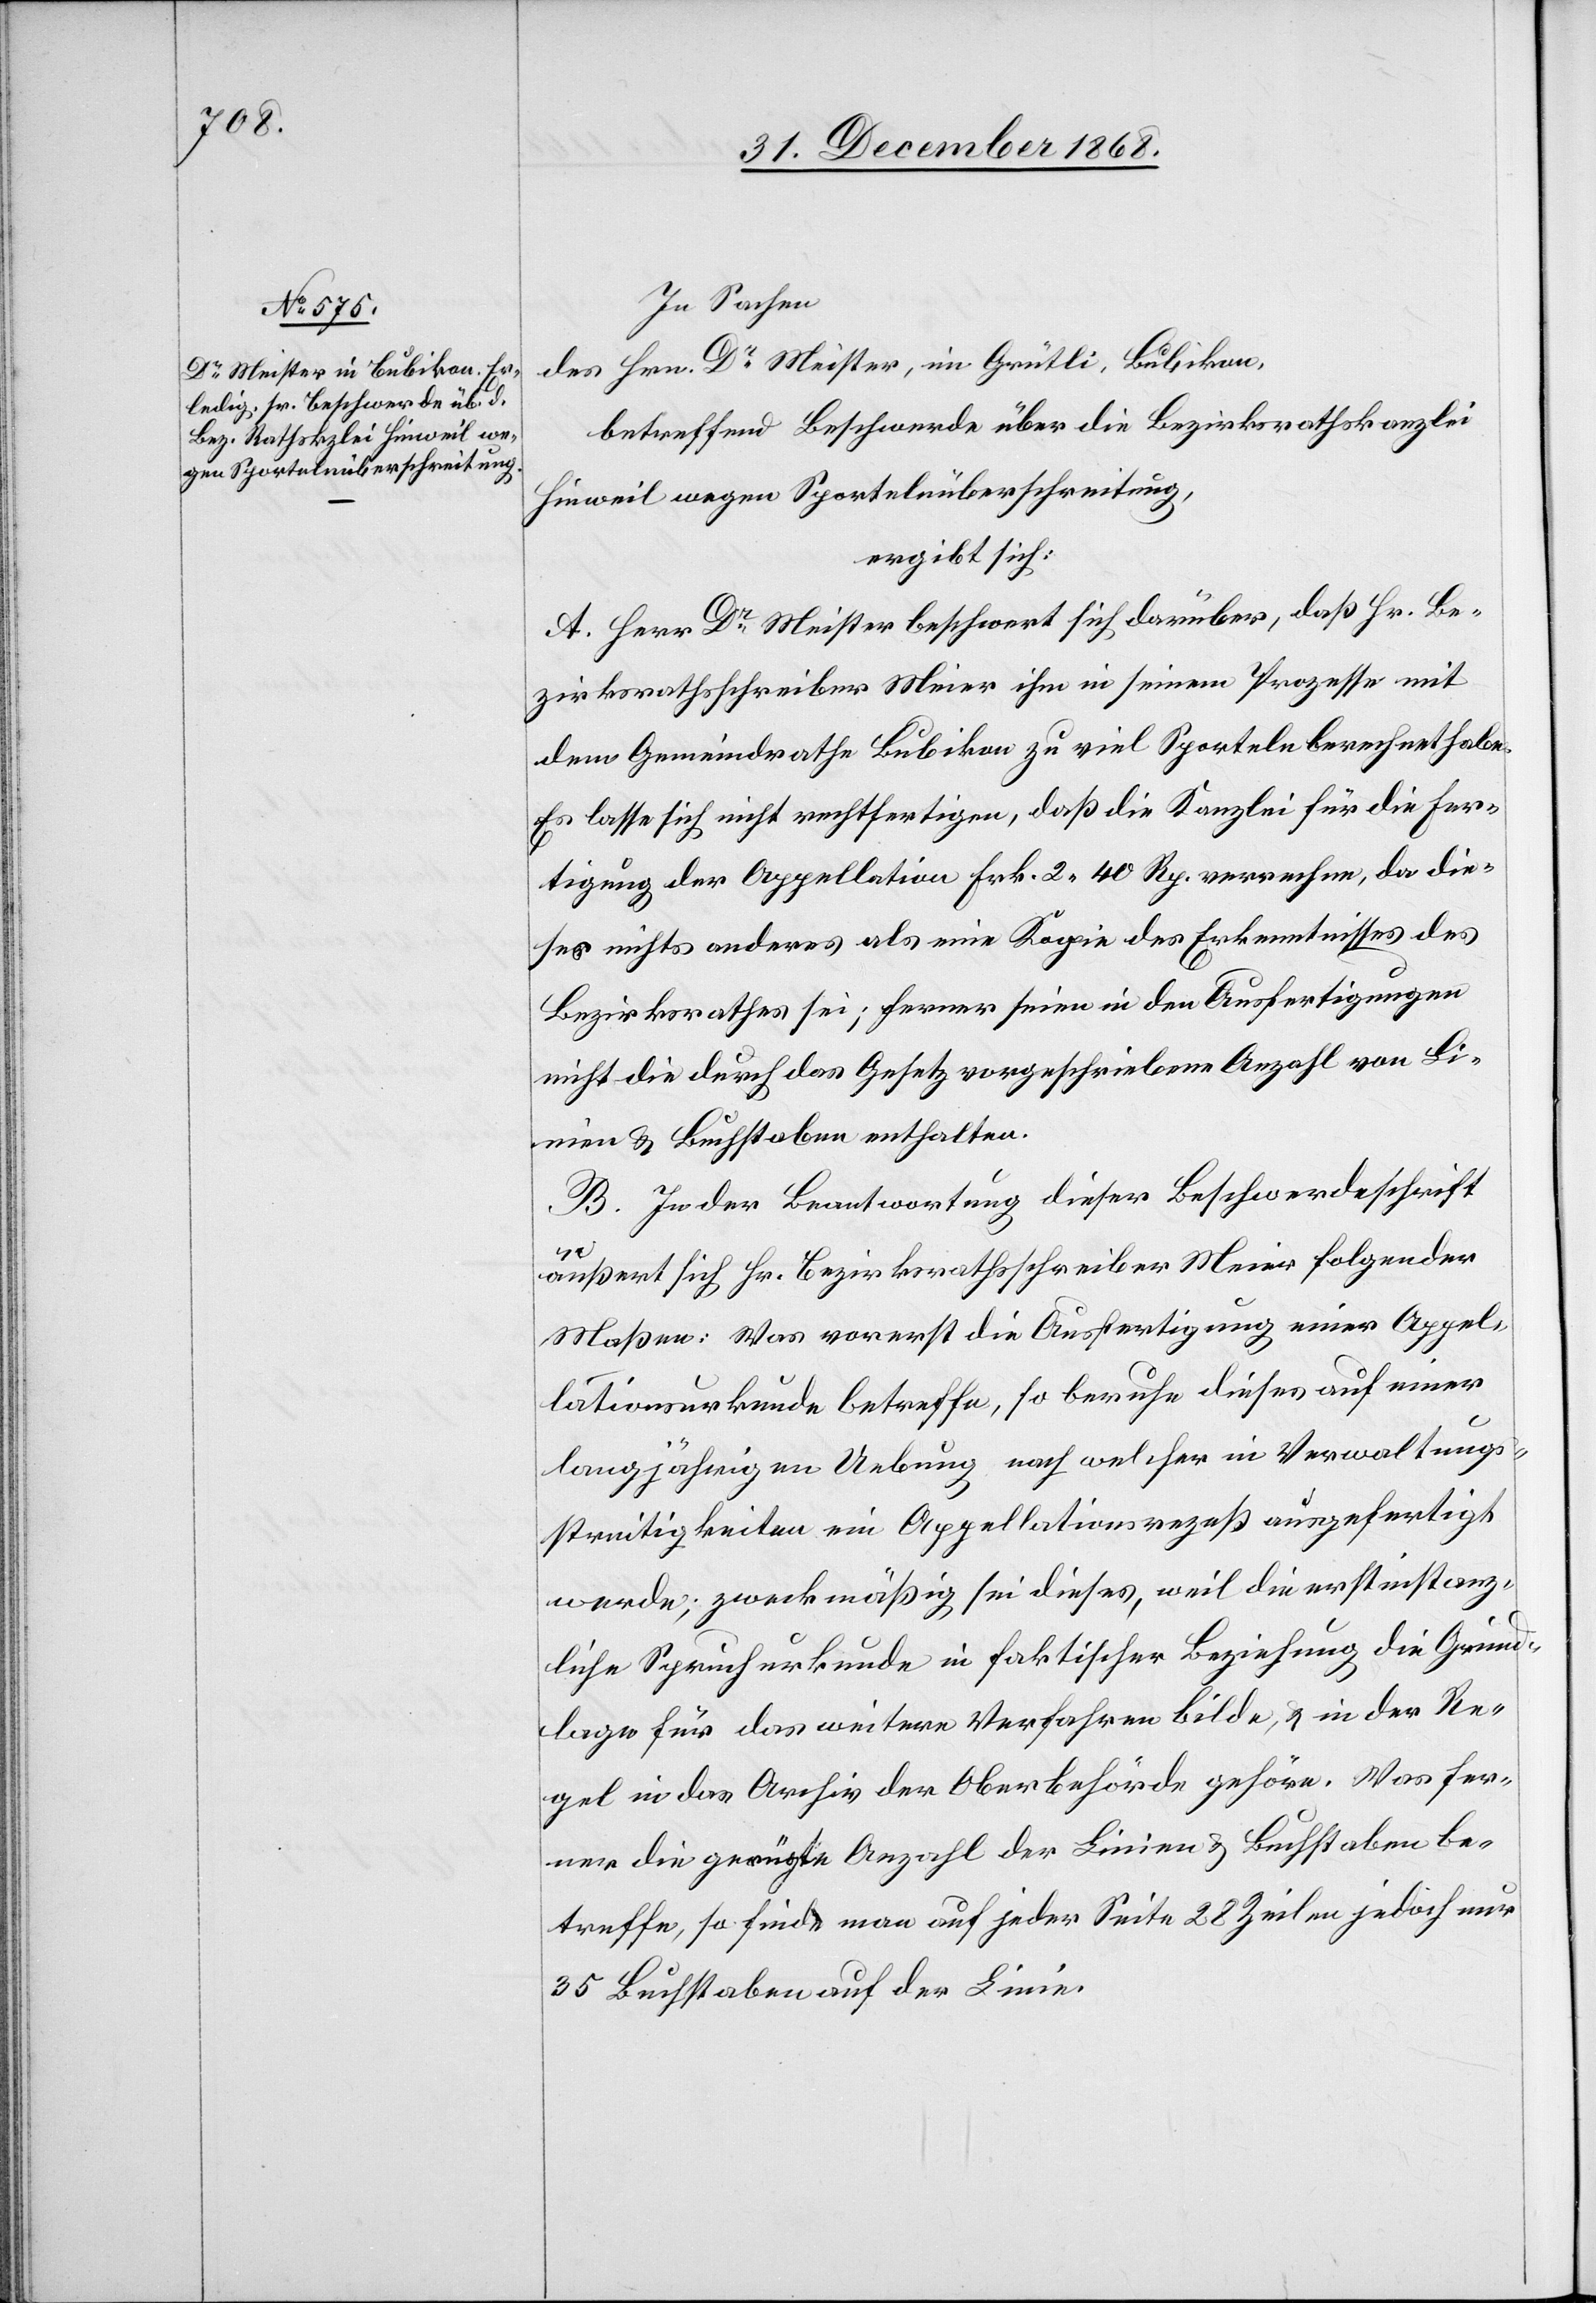
In Sachen
des Hrn. Dr Meister, im Grütli, Bubikon,
betreffend Beschwerde über die Bezirksrathskanzlei
Hinweil wegen Sportelnüberschreitung,
ergibt sich:
A. Herr Dr Meister beschwert sich darüber, daß Hr. Be¬
zirksrathsschreiber Meier ihm in seinem Prozesse mit
dem Gemeindrathe Bubikon zu viel Sporteln berechnet habe.
Es lasse sich nicht rechtfertigen, daß die Kanzlei für die Fer¬
tigung der Appellation Frk. 2 40 Rp. verrechne, da die¬
ses nichts anderes als eine Kopie des Erkenntnisses des
Bezirksrathes sei; ferner seien in den Ausfertigungen
nicht die durch das Gesetz vorgeschriebene Anzahl von Li¬
nien & Buchstaben enthalten.
B. In der Beantwortung dieser Beschwerdeschrift
äußert sich Hr. Bezirksrathsschreiber Meier folgender
Maßen: Was vorerst die Ausfertigung einer Appel¬
lationsurkunde betreffe, so beruhe dieses auf einer
langjährigen Uebung nach welcher in Verwaltungs¬
streitigkeiten ein Appellationsrezeß ausgefertigt
werde, zweckmäßig sei dieses, weil die erstinstanz¬
liche Spruchurkunde in faktischer Beziehung die Grund¬
lage für das weitere Verfahren bilde, & in der Re¬
gel in das Archiv der Oberbehörde gehöre. Was fer¬
ner die gerügte Anzahl der Linien & Buchstaben be¬
treffe, so finde man auf jeder Seite 28 Zeilen jedoch nur
35 Buchstaben auf der Linie.